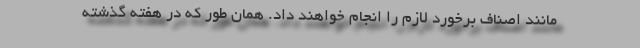
مانند اصناف برخورد لازم را انجام خواهند داد. همان طور که در هفته گذشته